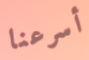
أسرعنا